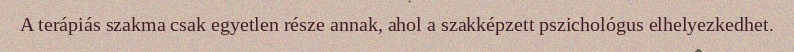
A terápiás szakma csak egyetlen része annak, ahol a szakképzett pszichológus elhelyezkedhet.